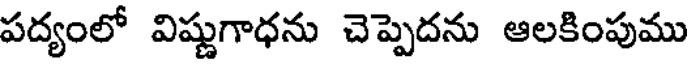
పద్యంలో విష్ణుగాధను చెప్పెదను ఆలకింపుము